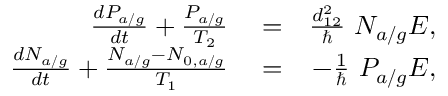
\begin{array} { r l r } { \frac { d P _ { a / g } } { d t } + \frac { P _ { a / g } } { T _ { 2 } } } & { { } = } & { \frac { d _ { 1 2 } ^ { 2 } } { \hbar } \ N _ { a / g } E , } \\ { \frac { d N _ { a / g } } { d t } + \frac { N _ { a / g } - N _ { 0 , a / g } } { T _ { 1 } } } & { { } = } & { - \frac { 1 } { \hbar } \ P _ { a / g } E , } \end{array}